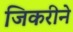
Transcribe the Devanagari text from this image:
जिकरीने